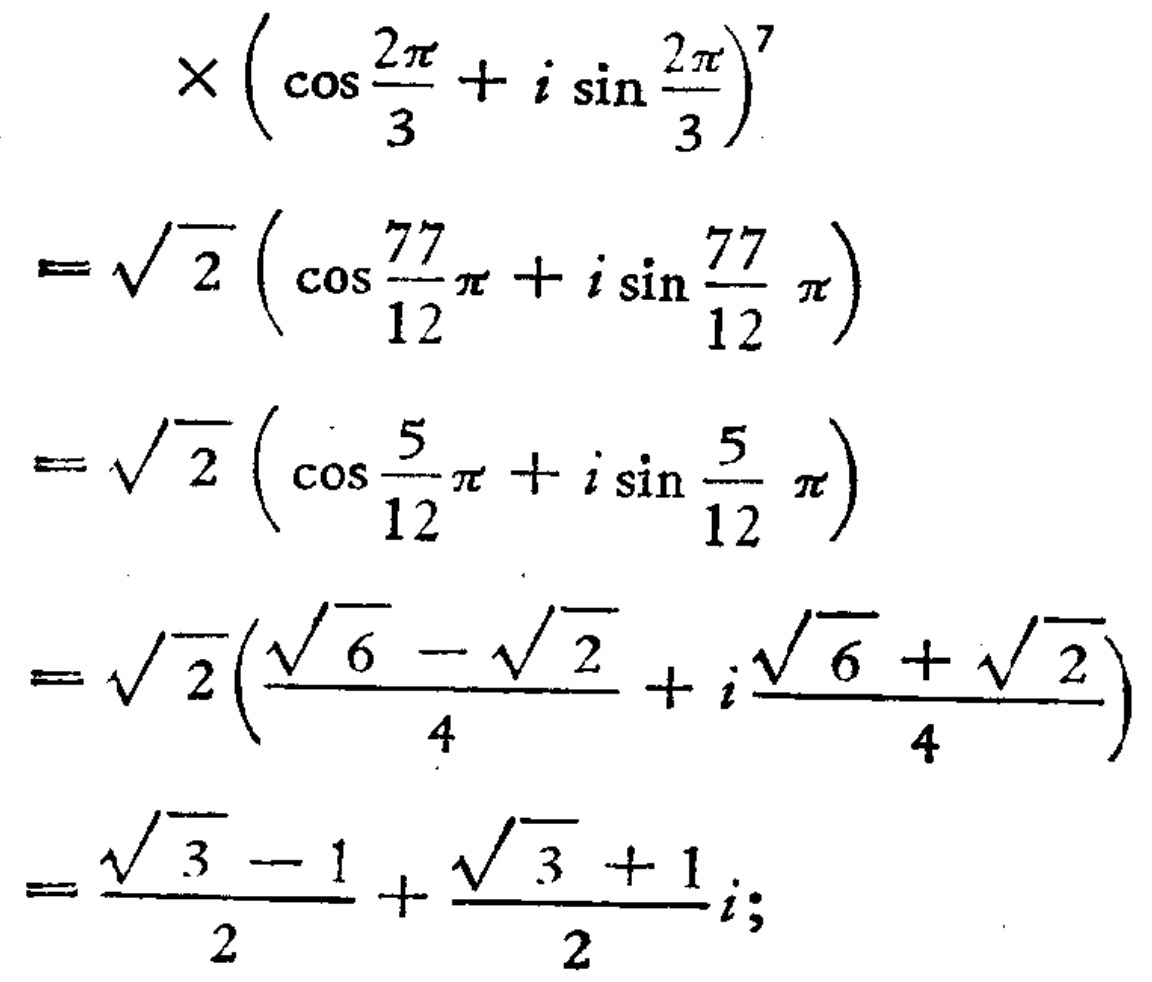
\[

\begin{align*}

&\times\left(\cos\frac{2\pi}{3}+i\sin\frac{2\pi}{3}\right)^7\\

=&\sqrt{2}\left(\cos\frac{77}{12}\pi + i\sin\frac{77}{12}\pi\right)\\

=&\sqrt{2}\left(\cos\frac{5}{12}\pi + i\sin\frac{5}{12}\pi\right)\\

=&\sqrt{2}\left(\frac{\sqrt{6}-\sqrt{2}}{4}+i\frac{\sqrt{6}+\sqrt{2}}{4}\right)\\

=&\frac{\sqrt{3}-1}{2}+\frac{\sqrt{3}+1}{2}i;

\end{align*}

\]